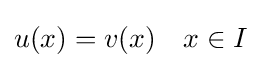
u(x)=v(x)\quad x\in I